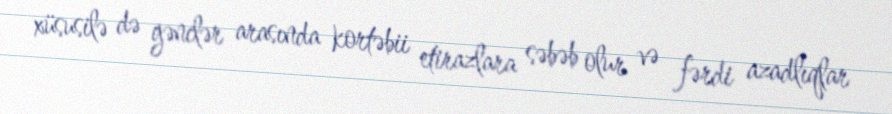
xüsusilə də gənclər arasında kortəbii etirazlara səbəb olur və fərdi azadlıqlar